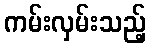
ကမ်းလှမ်းသည့်